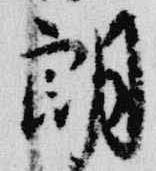
朗